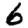
Digit: 6